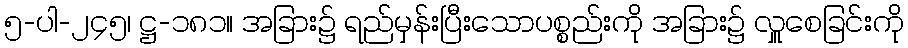
၅-ပါ-၂၄၅၊ ဋ္ဌ-၁၈၁။ အခြား၌ ရည်မှန်းပြီးသောပစ္စည်းကို အခြား၌ လှူစေခြင်းကို